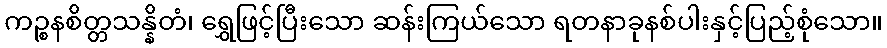
ကဉ္စနစိတ္တသန္နိတံ၊ ရွှေဖြင့်ပြီးသော ဆန်းကြယ်သော ရတနာခုနစ်ပါးနှင့်ပြည့်စုံသော။